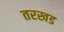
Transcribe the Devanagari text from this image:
तरखड